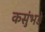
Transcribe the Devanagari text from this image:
कसुंभड़े